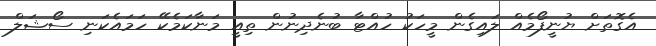
އެގޮތަށް ޔުނީފޯމެއް ލައިގެން މީހަކު ހުއްޓާ ބުނެދިނުން ތިއީ މަނާކަމެކޭ ހަމައެކަނި ސޯޝަލް